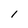
Character: l